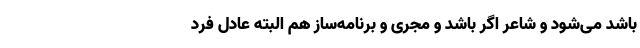
باشد می‌شود و شاعر اگر باشد و مجری و برنامه‌ساز هم البته عادل فرد